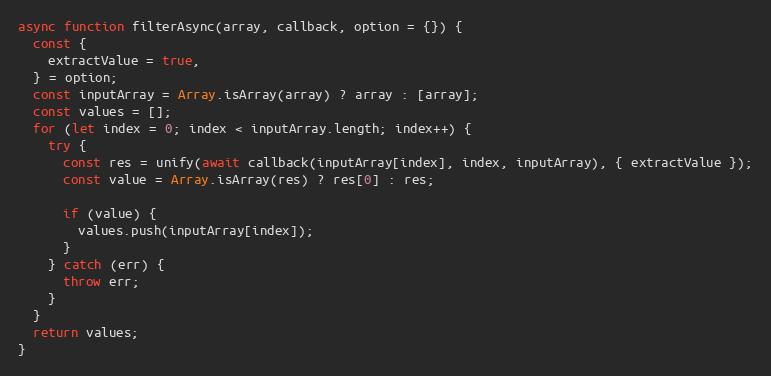
Language: JavaScript
async function filterAsync(array, callback, option = {}) {
  const {
    extractValue = true,
  } = option;
  const inputArray = Array.isArray(array) ? array : [array];
  const values = [];
  for (let index = 0; index < inputArray.length; index++) {
    try {
      const res = unify(await callback(inputArray[index], index, inputArray), { extractValue });
      const value = Array.isArray(res) ? res[0] : res;

      if (value) {
        values.push(inputArray[index]);
      }
    } catch (err) {
      throw err;
    }
  }
  return values;
}